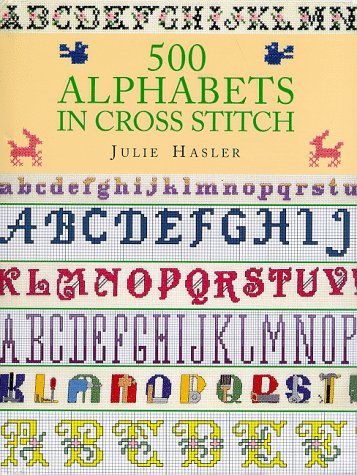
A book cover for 500 Alphabets in Cross Stitch; Julie S. Hasler; Crafts, Hobbies & Home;